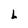
Character: L